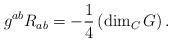
LaTeX: \begin{align*}g^{ab}R_{ab}=-\frac{1}{4}\left(\dim_CG\right).\end{align*}